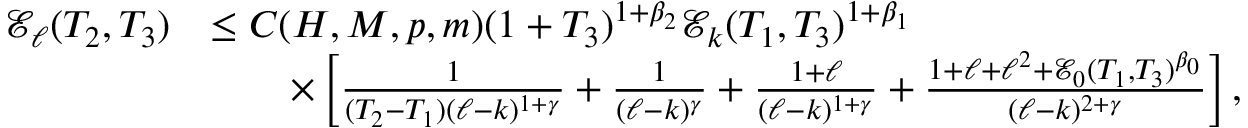
\begin{array} { r l } { \mathcal { E } _ { \ell } ( T _ { 2 } , T _ { 3 } ) } & { \le C ( H , M , p , m ) ( 1 + T _ { 3 } ) ^ { 1 + \beta _ { 2 } } \mathcal { E } _ { k } ( T _ { 1 } , T _ { 3 } ) ^ { 1 + \beta _ { 1 } } } \\ & { \qquad \times \left[ \frac { 1 } { ( T _ { 2 } - T _ { 1 } ) ( \ell - k ) ^ { 1 + \gamma } } + \frac { 1 } { ( \ell - k ) ^ { \gamma } } + \frac { 1 + \ell } { ( \ell - k ) ^ { 1 + \gamma } } + \frac { 1 + \ell + \ell ^ { 2 } + \mathcal { E } _ { 0 } ( T _ { 1 } , T _ { 3 } ) ^ { \beta _ { 0 } } } { ( \ell - k ) ^ { 2 + \gamma } } \right] , } \end{array}